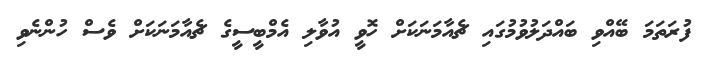
ފުރަތަމަ ބޭއްވި ބައްދަލުވުމުގައި ޗެއާމަނަކަށް ހޮވީ އުވާލި އެމްބީސީގެ ޗެއާމަނަކަށް ވެސް ހުންނެވި